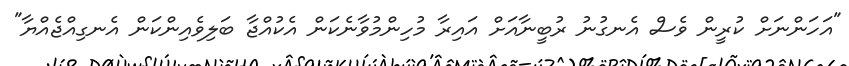
"އަހަންނަށް ކުރީން ވެސް އެނގުނު ރުބީނާއަށް އައިރާ މުހިންމުވާނެކަން އެކުއްޖާ ބަލިވެއިންކަން އެނގިއްޖެއްޔާ"